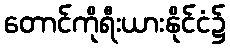
တောင်ကိုရီးယားနိုင်ငံ၌